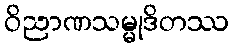
ဝိညာဏသမ္မုဒိတဿ